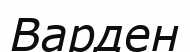
Варден